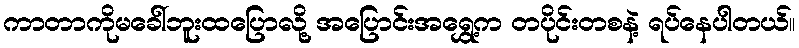
ကာတာကိုမခေါ်ဘူးထပြောလို့ အပြောင်းအရွှေ့က တပိုင်းတစနဲ့ ရပ်နေပါတယ်။